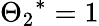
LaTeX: {{\Theta_{2}}^{*}}=1